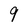
Character: 9